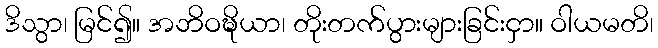
ဒိသွာ၊ မြင်၍။ အဘိဝဍ္ဎိယာ၊ တိုးတက်ပွားများခြင်းငှာ။ ဝါယမတိ၊